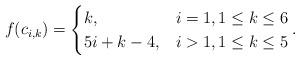
LaTeX: \begin{align*}f(c_{i,k}) &=\begin{cases}k, & i=1, 1 \leq k \leq 6\\ 5i+k-4, & i>1, 1 \leq k \leq 5 \end{cases}.\end{align*}